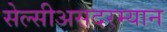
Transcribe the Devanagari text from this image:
सेल्सीअसदरम्यान